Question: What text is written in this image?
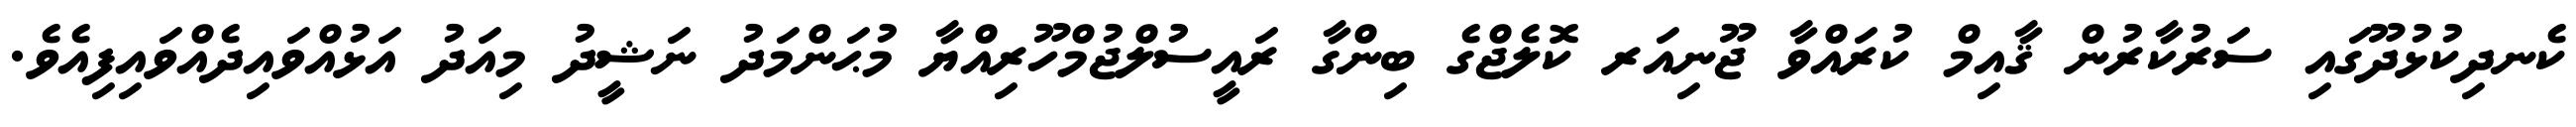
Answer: ކެނދިކުޅުދޫގައި ސަރުކާރުން ޤާއިމް ކުރައްވާ ޖޫނިއަރ ކޮލެޖްގެ ބިންގާ ރައީސުލްޖުމްހޫރިއްޔާ މުޙަންމަދު ނަޝީދު މިއަދު އަޅުއްވައިދެއްވައިފިއެވެ.